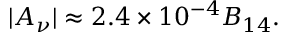
| A _ { \nu } | \approx 2 . 4 \times 1 0 ^ { - 4 } B _ { 1 4 } .